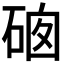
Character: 𥓁